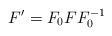
LaTeX: \begin{align*}F'=F_0 F F^{-1}_0\end{align*}